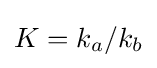
K=k_{a}/k_{b}